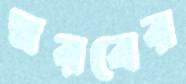
স্বরবের